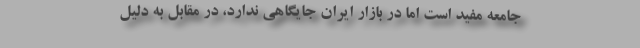
جامعه مفید است اما در بازار ایران جایگاهی ندارد، در مقابل به دلیل